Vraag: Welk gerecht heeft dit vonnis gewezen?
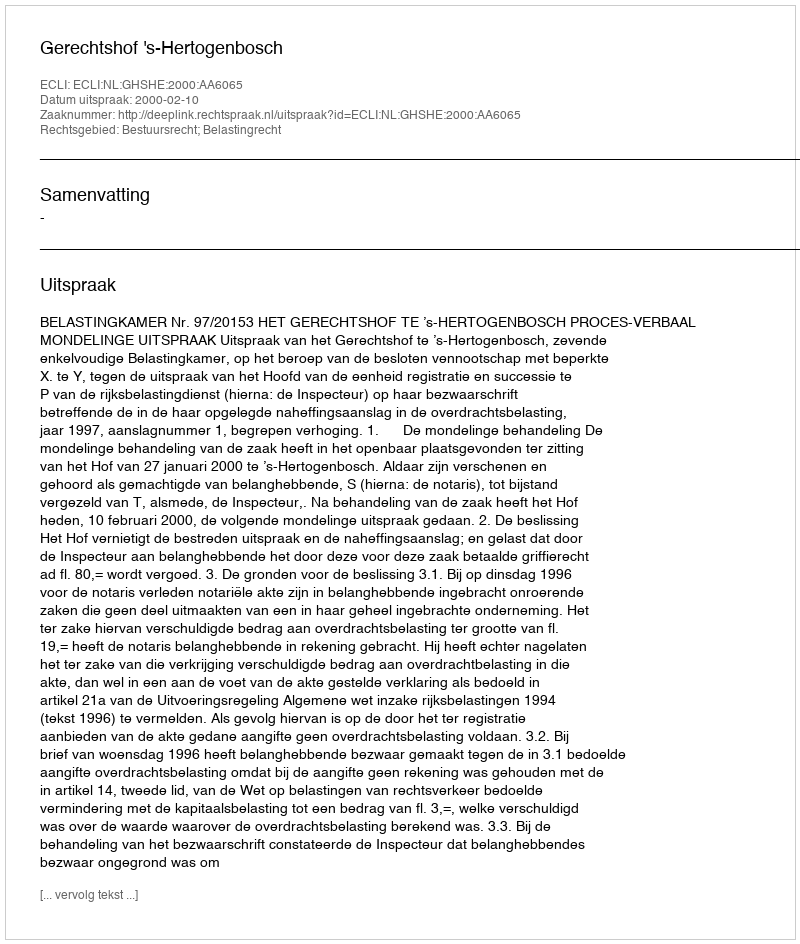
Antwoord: Gerechtshof 's-Hertogenbosch